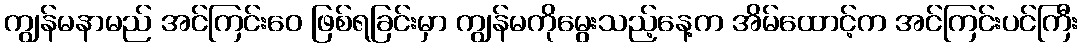
ကျွန်မနာမည် အင်ကြင်းဝေ ဖြစ်ရခြင်းမှာ ကျွန်မကိုမွေးသည့်နေ့က အိမ်ထောင့်က အင်ကြင်းပင်ကြီး